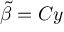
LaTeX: { \tilde { \beta } } = C y